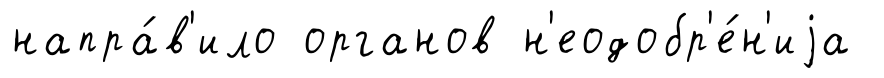
напра́в'ило органов н'еодобр'е́н'иjа